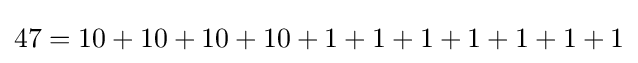
47=10+10+10+10+1+1+1+1+1+1+1